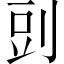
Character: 剅